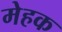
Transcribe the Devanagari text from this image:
मेहक